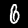
Label: 6